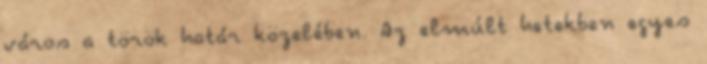
város a török határ közelében. Az elmúlt hetekben egyes